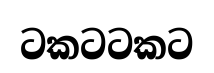
ටකටටකට